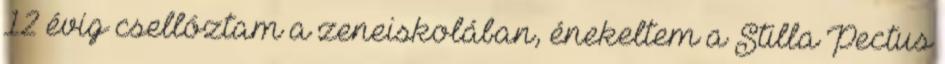
12 évig csellóztam a zeneiskolában, énekeltem a Stilla Pectus